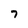
Character: 7